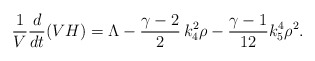
\begin{align*}\frac1{V} \frac{d}{dt} (VH) = \Lambda - \frac{\gamma-2}2 \, k_4^2\rho - \frac{\gamma-1}{12} k_5^4 \rho^2.\end{align*}